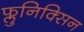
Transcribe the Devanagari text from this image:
फ्लुनिक्सिन